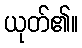
ယုတ်၏။